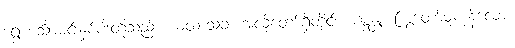
ရွှေဟင်္သာမင်းနှစ်ပါးတို့သည်။ ယထာသုခံ၊ အလိုတော်ရှိတိုင်း။ ဂစ္ဆန္တု၊ ကြွတော်မူကုန်လော့။